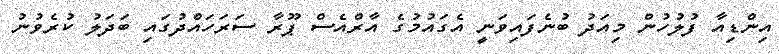
އިންޑިއާ ފުލުހުން މިއަދު ބުނެފައިވަނީ އެގައުމުގެ އާރްއެސް ޕޫރާ ސަރަހައްދުގައި ބަދަލު ކުރެވުނު